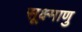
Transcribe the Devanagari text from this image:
सूक्ष्माणु